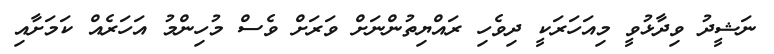
ނަޝީދު ވިދާޅުވީ މިއަހަރަކީ ދިވެހި ރައްޔިތުންނަށް ވަރަށް ވެސް މުހިންމު އަހަރެއް ކަމަށާއި